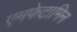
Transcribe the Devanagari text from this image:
एमफेटामिन